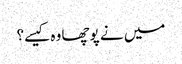
میں نے پوچھا وہ کیسے؟